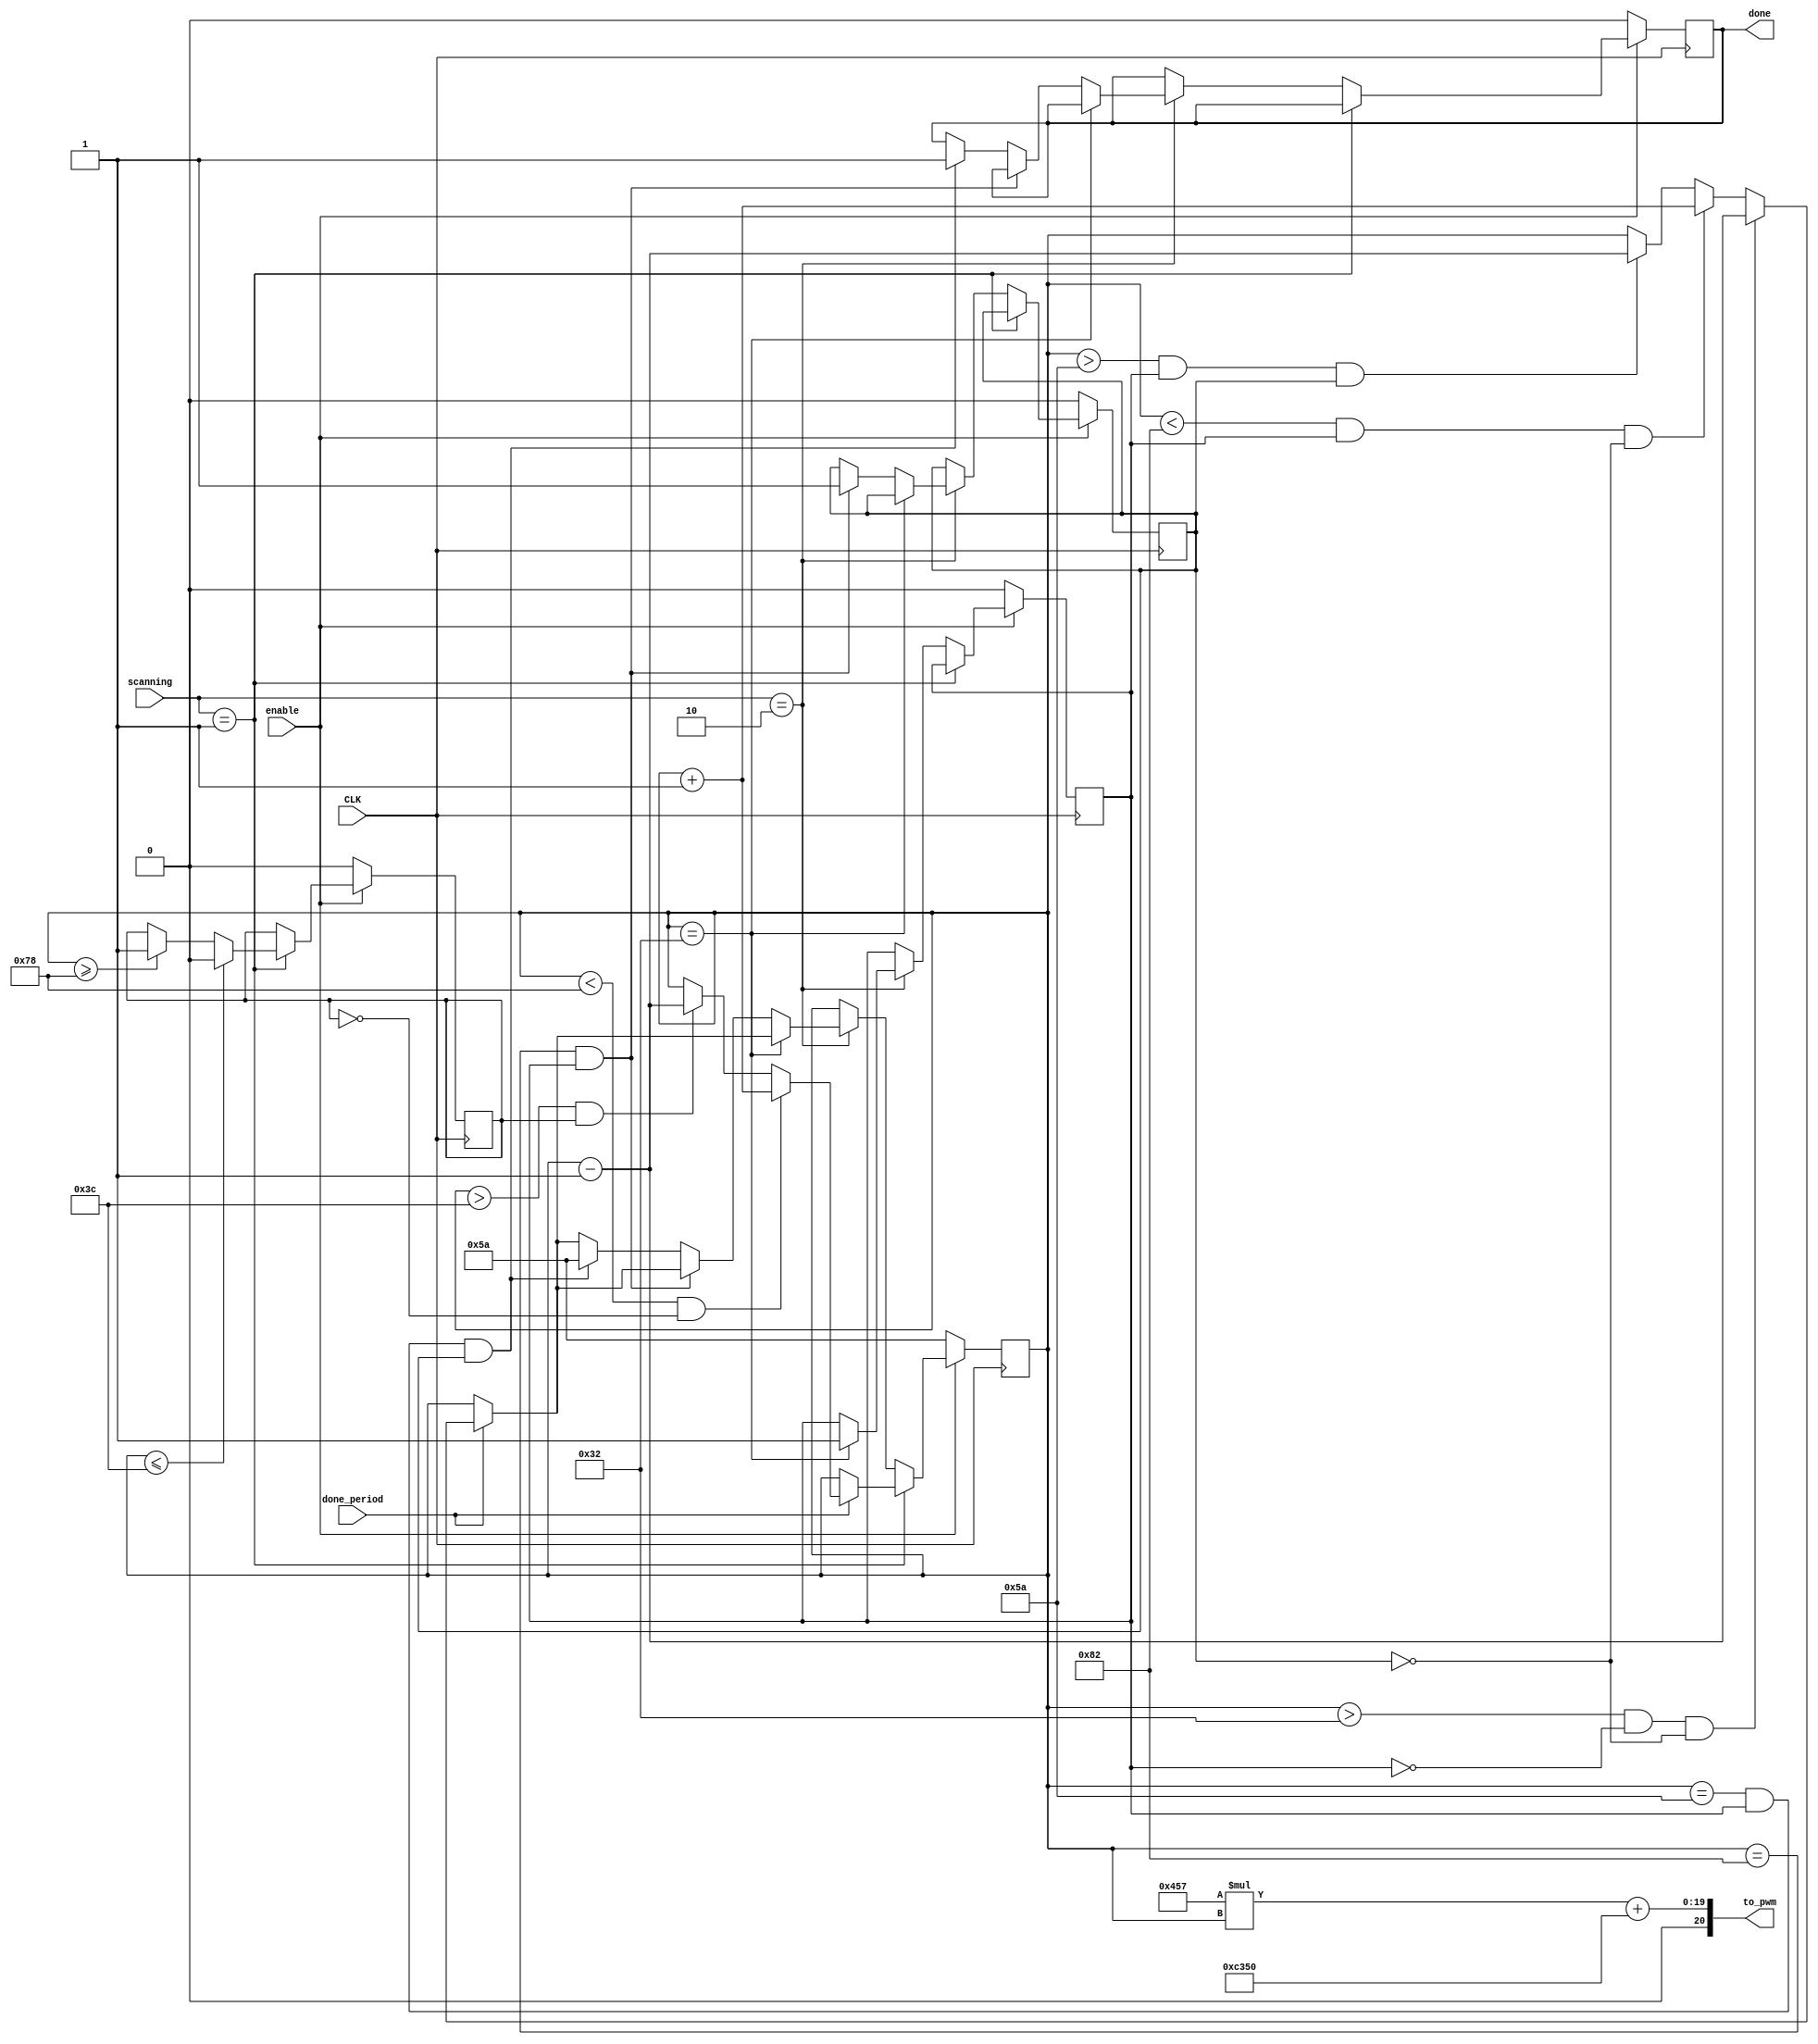
`timescale 1ns / 1ps

module magnet_servo_dostuff(
    input CLK,
    input enable,
    input done_period,
    input [1:0] scanning,
    output [20:0] to_pwm,
    output reg done
    );
    
    reg [7:0] angle_count;
    reg go_reverse;
    //reg end_cycle;
    reg to_max;
    reg to_middle;
    
    parameter interval_change=1;
    //parameter interval_change=10;   //for test bench
    parameter max=8'd120;
    parameter max1=8'd130;
    parameter min=8'd60;
    parameter min1=8'd50;
    parameter middle = 8'd90;
    
   assign to_pwm=(12'd1111)*angle_count+18'd50_000;
    
    //initializing
    initial begin
        go_reverse<=0;
        angle_count<=middle;
       // end_cycle<=0;
        to_max<=0;
        to_middle<=0;
        done<=0;
    end

    
    always @ (posedge CLK) begin  
        if (enable==1)begin  
            if(scanning==1) begin
                if (done_period) begin
                    if(angle_count<max && go_reverse==0) begin//counter less than max
                        angle_count<=angle_count+interval_change;
                    end
                    else if(angle_count>min && go_reverse==1) begin //reverse motion
                        angle_count<=angle_count-interval_change;
                    end
                end   
                 
                if (angle_count <= min)begin              
                    go_reverse <= 0; //do not count in reverse
                end
                else if (angle_count >= max) begin
                    go_reverse <= 1; //count in reverse
                end                
            end    
                
            else if(scanning==2) begin
                if (done_period) begin
                    if(angle_count>min1 && to_max == 0 && to_middle == 0) begin
                        angle_count<=angle_count-interval_change;
                    end      
                    else if(angle_count<max1 && to_max == 1 && to_middle == 0) begin
                        angle_count<=angle_count+interval_change;
                    end
                    else if(angle_count>middle && to_max==1 && to_middle==1) begin
                        angle_count<=angle_count-interval_change;
                    end     
                end    
                
                if(angle_count==min1) begin
                    to_max<= 1;
                end            
                else if(angle_count==max1 && to_max==1) begin
                    to_middle <= 1;
                end                                         
                else if(angle_count==middle && to_max==1 && to_middle==1) begin
                    angle_count<=middle;
                    done<=1;   
                end                 
            end      
        end    
        else begin
            {done, go_reverse, to_max, to_middle}<=0;
            angle_count<=middle;
        end              
    end       
endmodule